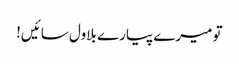
تو میرے پیارے بلاول سائیں!